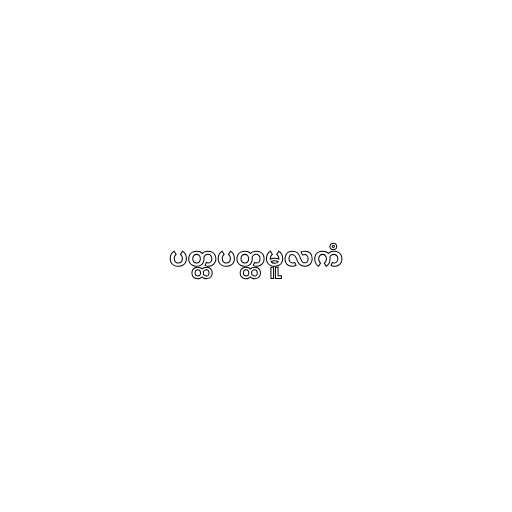
ပတ္ထပတ္ထမူလကံ